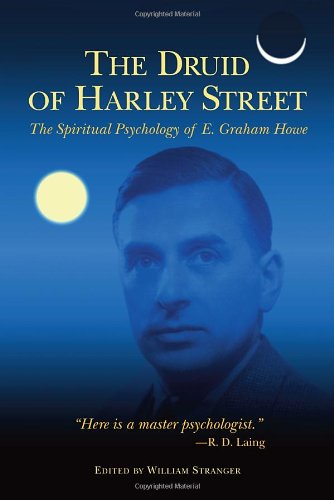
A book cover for The Druid of Harley Street: The Spiritual Psychology of E. Graham Howe; E. Graham Howe; Religion & Spirituality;